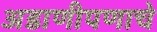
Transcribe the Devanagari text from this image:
अडाणीपणाचे